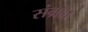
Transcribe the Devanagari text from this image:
संग्रहा